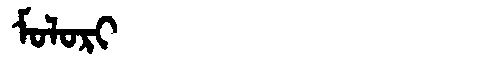
Manchu: ᠮᠣᠯᠣᡵᡳ
Romanization: MOLORI